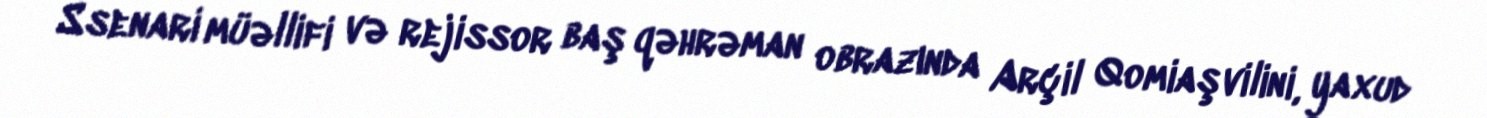
Ssenari müəllifi və rejissor baş qəhrəman obrazında Arçil Qomiaşvilini, yaxud